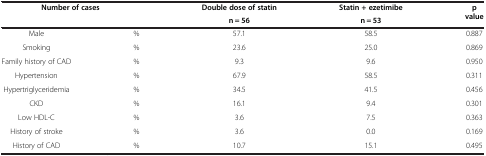
<table><thead><tr><td colspan="2"><b>Number of cases</b></td><td><b>Double dose of statin</b></td><td><b>Statin + ezetimibe</b></td><td rowspan="2"><b>p value</b></td></tr><tr><td><b> </b></td><td><b> </b></td><td><b>n = 56</b></td><td><b>n = 53</b></td></tr></thead><tbody><tr><td>Male</td><td>%</td><td>57.1</td><td>58.5</td><td>0.887</td></tr><tr><td>Smoking</td><td>%</td><td>23.6</td><td>25.0</td><td>0.869</td></tr><tr><td>Family history of CAD</td><td>%</td><td>9.3</td><td>9.6</td><td>0.950</td></tr><tr><td>Hypertension</td><td>%</td><td>67.9</td><td>58.5</td><td>0.311</td></tr><tr><td>Hypertriglyceridemia</td><td>%</td><td>34.5</td><td>41.5</td><td>0.456</td></tr><tr><td>CKD</td><td>%</td><td>16.1</td><td>9.4</td><td>0.301</td></tr><tr><td>Low HDL-C</td><td>%</td><td>3.6</td><td>7.5</td><td>0.363</td></tr><tr><td>History of stroke</td><td>%</td><td>3.6</td><td>0.0</td><td>0.169</td></tr><tr><td>History of CAD</td><td>%</td><td>10.7</td><td>15.1</td><td>0.495</td></tr></tbody></table>